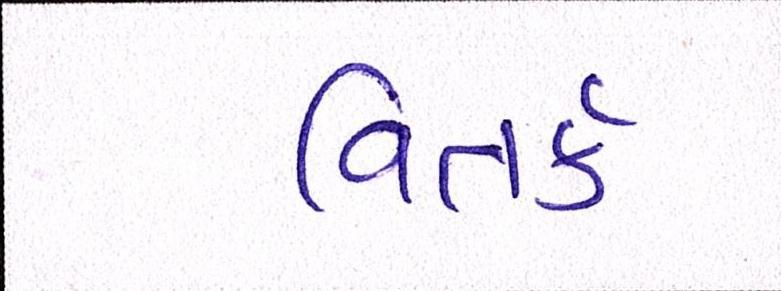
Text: વિતર્ક